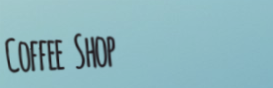
Coffee Shop